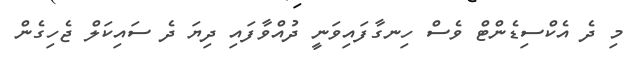
މި ދެ އެކްސިޑެންޓް ވެސް ހިނގާފައިވަނީ ދުއްވާފައި ދިޔަ ދެ ސައިކަލް ޖެހިގެން